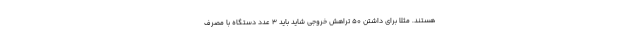
هستند. مثلا برای داشتن 50 تراهش خروجی شاید باید 3 عدد دستگاه با مصرف